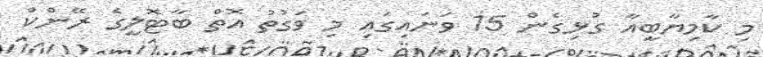
މި ކާމިޔާބީއާ ގުޅިގެން 15 ވަނައިގައި މި ވަގުތު އޮތް ބާޓޮލީގެ ރޭންކް